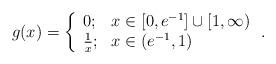
LaTeX: \begin{align*} g(x) = \left\{ \begin{array}{ll} 0;&x\in\left[0,e^{-1}\right]\cup [1,\infty) \\ \frac{1}{x};&x\in \left(e^{-1},1\right)\end{array} \right..\end{align*}